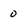
Character: 0